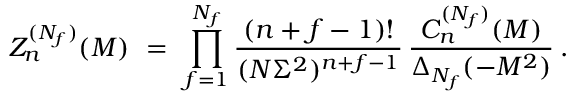
Z _ { n } ^ { ( N _ { f } ) } ( M ) \ = \ \prod _ { f = 1 } ^ { N _ { f } } \frac { ( n + f - 1 ) ! } { ( N \Sigma ^ { 2 } ) ^ { n + f - 1 } } \, \frac { C _ { n } ^ { ( N _ { f } ) } ( M ) } { \Delta _ { N _ { f } } ( - M ^ { 2 } ) } \: .